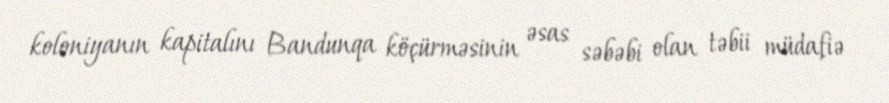
koloniyanın kapitalını Bandunqa köçürməsinin əsas səbəbi olan təbii müdafiə